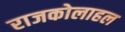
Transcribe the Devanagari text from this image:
राजकोलाहल